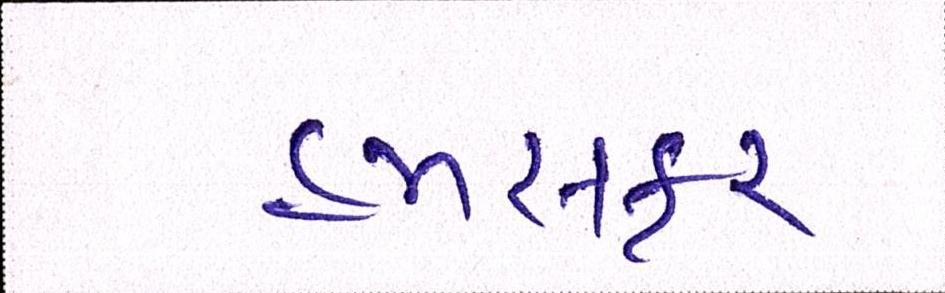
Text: હમસફર